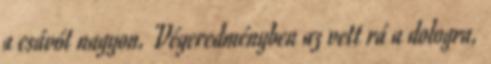
a csávót nagyon. Végeredményben az vett rá a dologra,